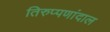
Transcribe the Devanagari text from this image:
तिरुप्पणांदाल